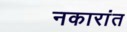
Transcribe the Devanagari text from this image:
नकारांत